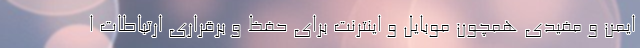
ایمن و مفیدی همچون موبایل و اینترنت برای حفظ و برقراری ارتباطات ا